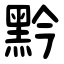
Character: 黔